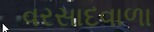
વરસાદવાળા